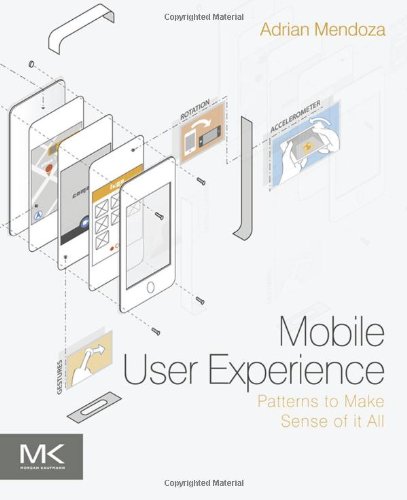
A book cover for Mobile User Experience: Patterns to Make Sense of it All; Adrian Mendoza; Computers & Technology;